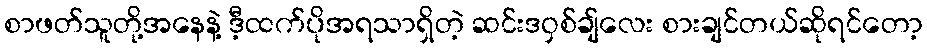
စာဖတ်သူတို့အနေနဲ့ ဒီ့ထက်ပိုအရသာရှိတဲ့ ဆင်းဒဝှစ်ချ်လေး စားချင်တယ်ဆိုရင်တော့